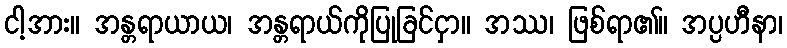
ငါ့အား။ အန္တရာယာယ၊ အန္တရာယ်ကိုပြုခြင်ငှာ။ အဿ၊ ဖြစ်ရာ၏။ အပ္ပဟီနာ၊